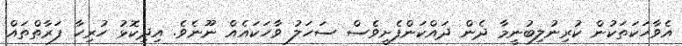
އެވާހަކަތަކުން ކުރިނުލިބުނީމާ ދެން ދައްކަންފެށީވެސް ސަހަލު ވާހަކައެއް ނޫނެވެ. އިދިކޮޅު ހުރިހާ ފަރާތްތައް